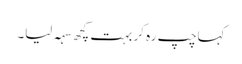
کہاچپ رہ کر بہت کچھ سہہ لیا۔